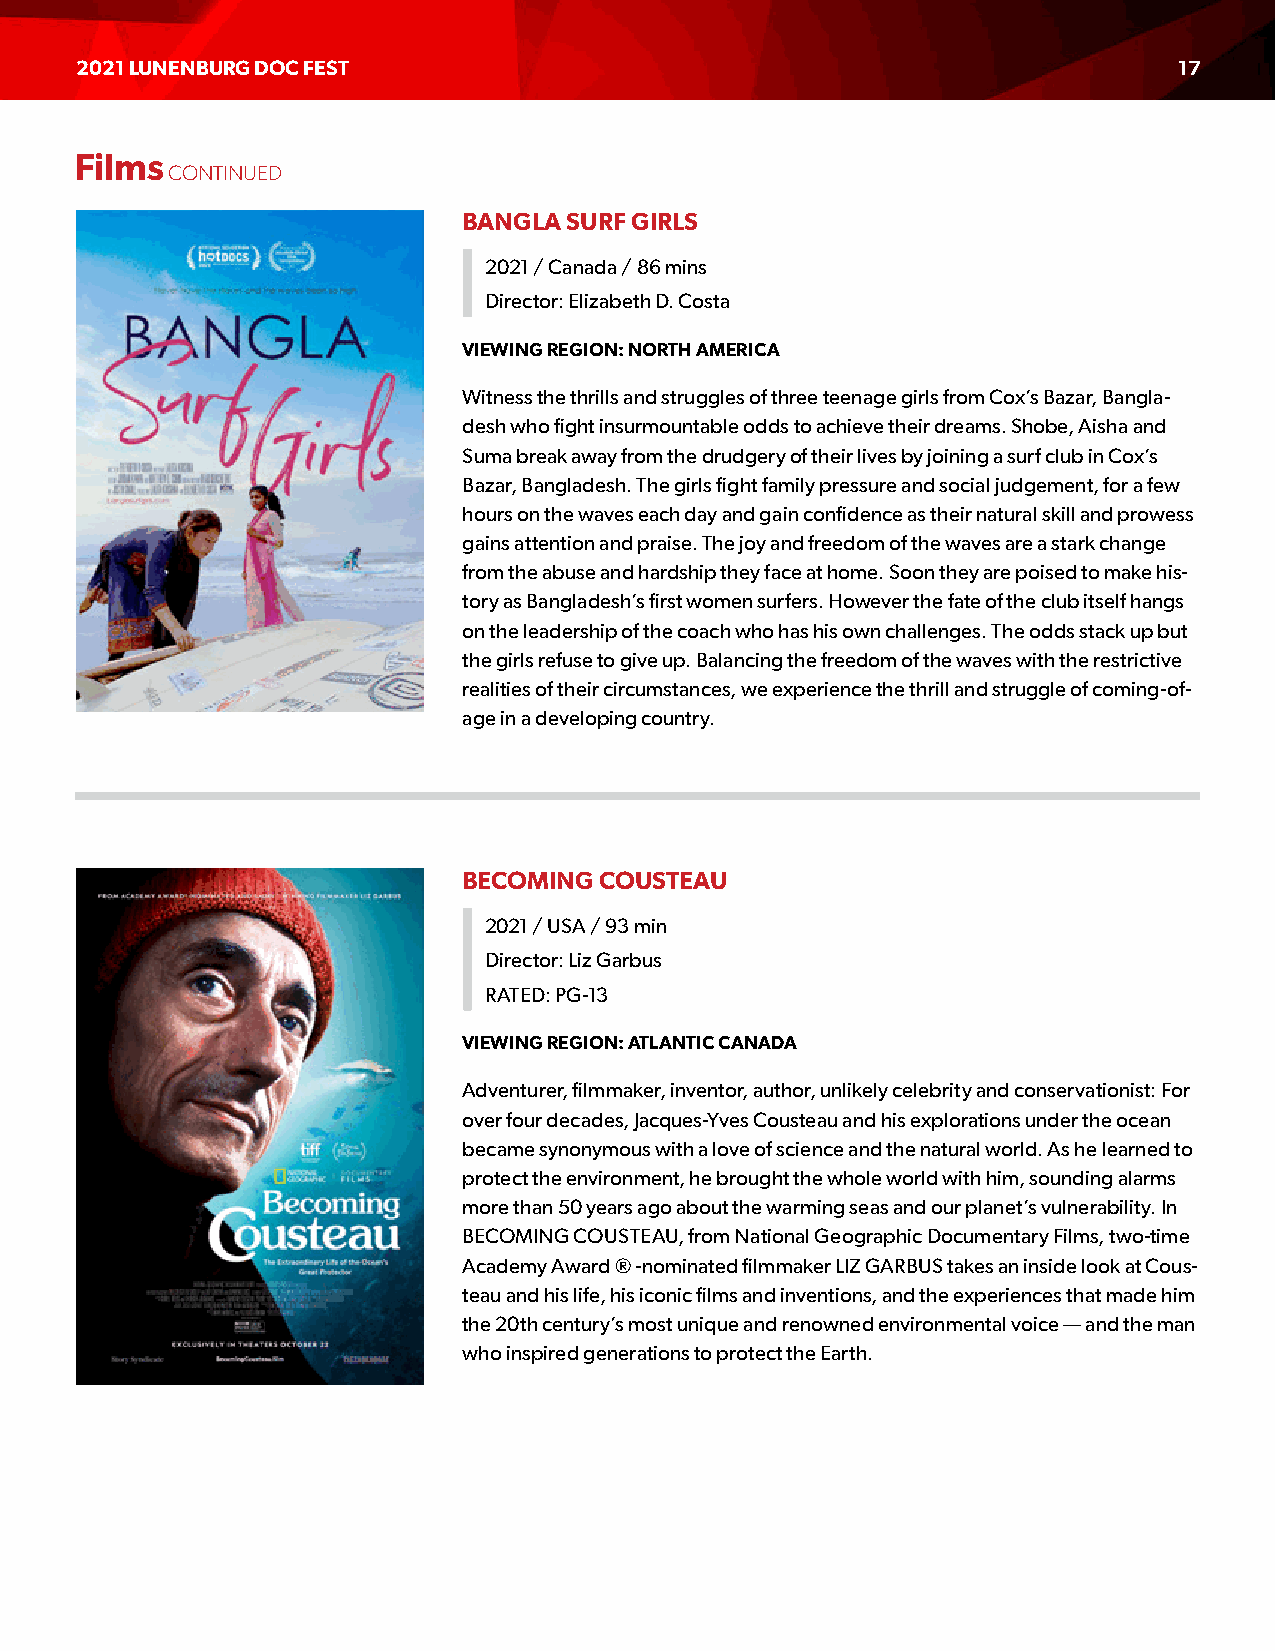
2021 LUNENBURG DOC FEST                                                  17
 Films
 CONTINUED
 BANGLA SURF GIRLS
 2021 / Canada / 86 mins
 Director: Elizabeth D. Costa
 VIEWING REGION: NORTH AMERICA
 Witness the thrills and struggles of three teenage girls from Cox’s Bazar, Bangla-
 desh who fight insurmountable odds to achieve their dreams. Shobe, Aisha and
 Suma break away from the drudgery of their lives by joining a surf club in Cox’s
 Bazar, Bangladesh. The girls fight family pressure and social judgement, for a few
 hours on the waves each day and gain confidence as their natural skill and prowess
 gains attention and praise. The joy and freedom of the waves are a stark change
 from the abuse and hardship they face at home. Soon they are poised to make his-
 tory as Bangladesh’s first women surfers. However the fate of the club itself hangs
 on the leadership of the coach who has his own challenges. The odds stack up but
 the girls refuse to give up. Balancing the freedom of the waves with the restrictive
 realities of their circumstances, we experience the thrill and struggle of coming-of-
 age in a developing country.
 BECOMING COUSTEAU
 2021 / USA / 93 min
 Director: Liz Garbus
 RATED: PG-13
 VIEWING REGION: ATLANTIC CANADA
 Adventurer, filmmaker, inventor, author, unlikely celebrity and conservationist: For
 over four decades, Jacques-Yves Cousteau and his explorations under the ocean
 became synonymous with a love of science and the natural world. As he learned to
 protect the environment, he brought the whole world with him, sounding alarms
 more than 50 years ago about the warming seas and our planet’s vulnerability. In
 BECOMING COUSTEAU, from National Geographic Documentary Films, two-time
 Academy Award ® -nominated filmmaker LIZ GARBUS takes an inside look at Cous-
 teau and his life, his iconic films and inventions, and the experiences that made him
 the 20th century’s most unique and renowned environmental voice — and the man
 who inspired generations to protect the Earth.